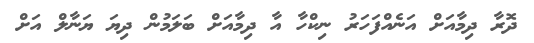
ދޮރާ ދިމާއަށް އަނެއްފަހަރު ނިކްހާ އާ ދިމާއަށް ބަލަމުން ދިޔަ ޔަނާލް އަށް